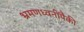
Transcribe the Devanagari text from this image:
भ्रमणध्वनींपैकी